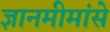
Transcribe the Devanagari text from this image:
ज्ञानमीमांसे